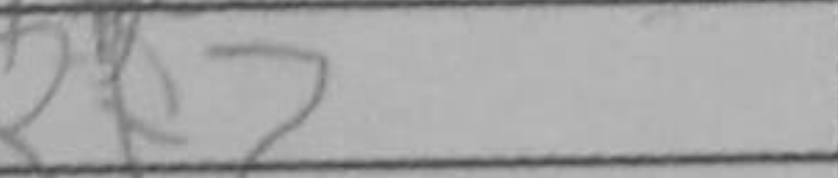
Transcription: Rf7